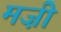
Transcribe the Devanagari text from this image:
मज़ी